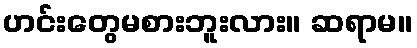
ဟင်းတွေမစားဘူးလား။ ဆရာမ။